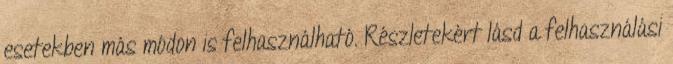
esetekben más módon is felhasználható. Részletekért lásd a felhasználási